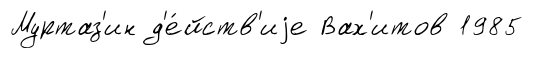
Муртаз'ин д'е́йств'иjе Вах'итов 1985